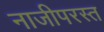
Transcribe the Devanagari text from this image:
नाजीपरस्त